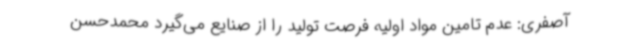
آصفری: عدم تامین مواد اولیه فرصت تولید را از صنایع می‌گیرد محمدحسن